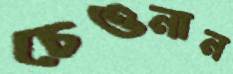
চেওনান